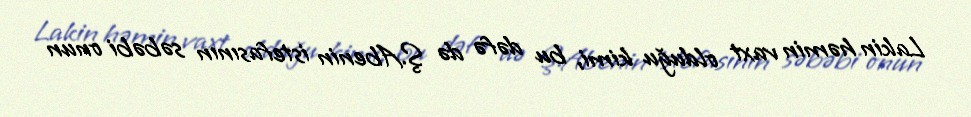
Lakin həmin vaxt olduğu kimi, bu dəfə də Ş.Abenin istefasının səbəbi onun